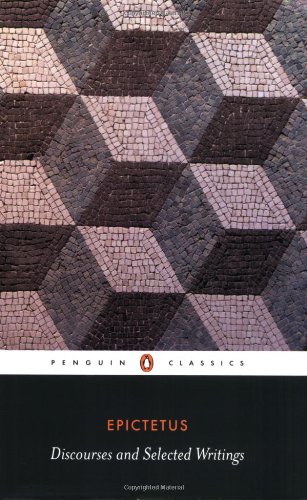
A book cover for Discourses and Selected Writings (Penguin Classics); Epictetus; History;